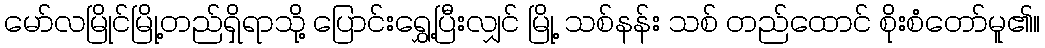
မော်လမြိုင်မြို့တည်ရှိရာသို့ ပြောင်းရွှေ့ပြီးလျှင် မြို့ သစ်နန်း သစ် တည်ထောင် စိုးစံတော်မူ၏။